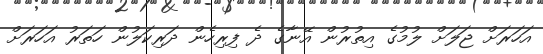
އަހަރަށް ޖަލަށް ލުމުގެ އިތުރުން އޭނާގެ ދެ ފިރިހެން ދަރިކަލުން ހަތަރު އަހަރަށް